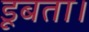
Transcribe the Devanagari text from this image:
डूबता।